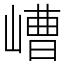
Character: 嶆